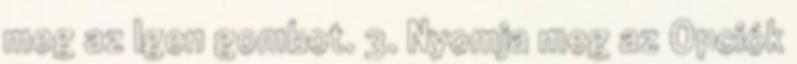
meg az Igen gombot. 3. Nyomja meg az Opciók